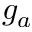
g _ { a }